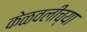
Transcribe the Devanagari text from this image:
केळवलीच्या